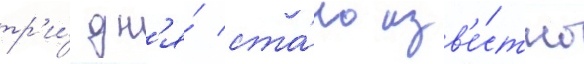
тр'и́ дн'я́ ста́ло изв'е́стно